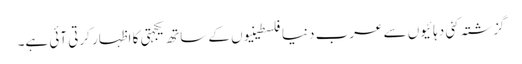
گزشتہ کئی دہائیوں سے عرب دنیا فلسطینیوں کے ساتھ یکجہتی کا اظہار کرتی آئی ہے۔